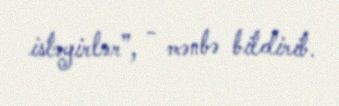
istəyirlər”, - mənbə bildirib.